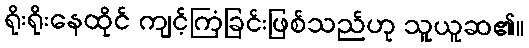
ရိုးရိုးနေထိုင် ကျင့်ကြံခြင်းဖြစ်သည်ဟု သူယူဆ၏။